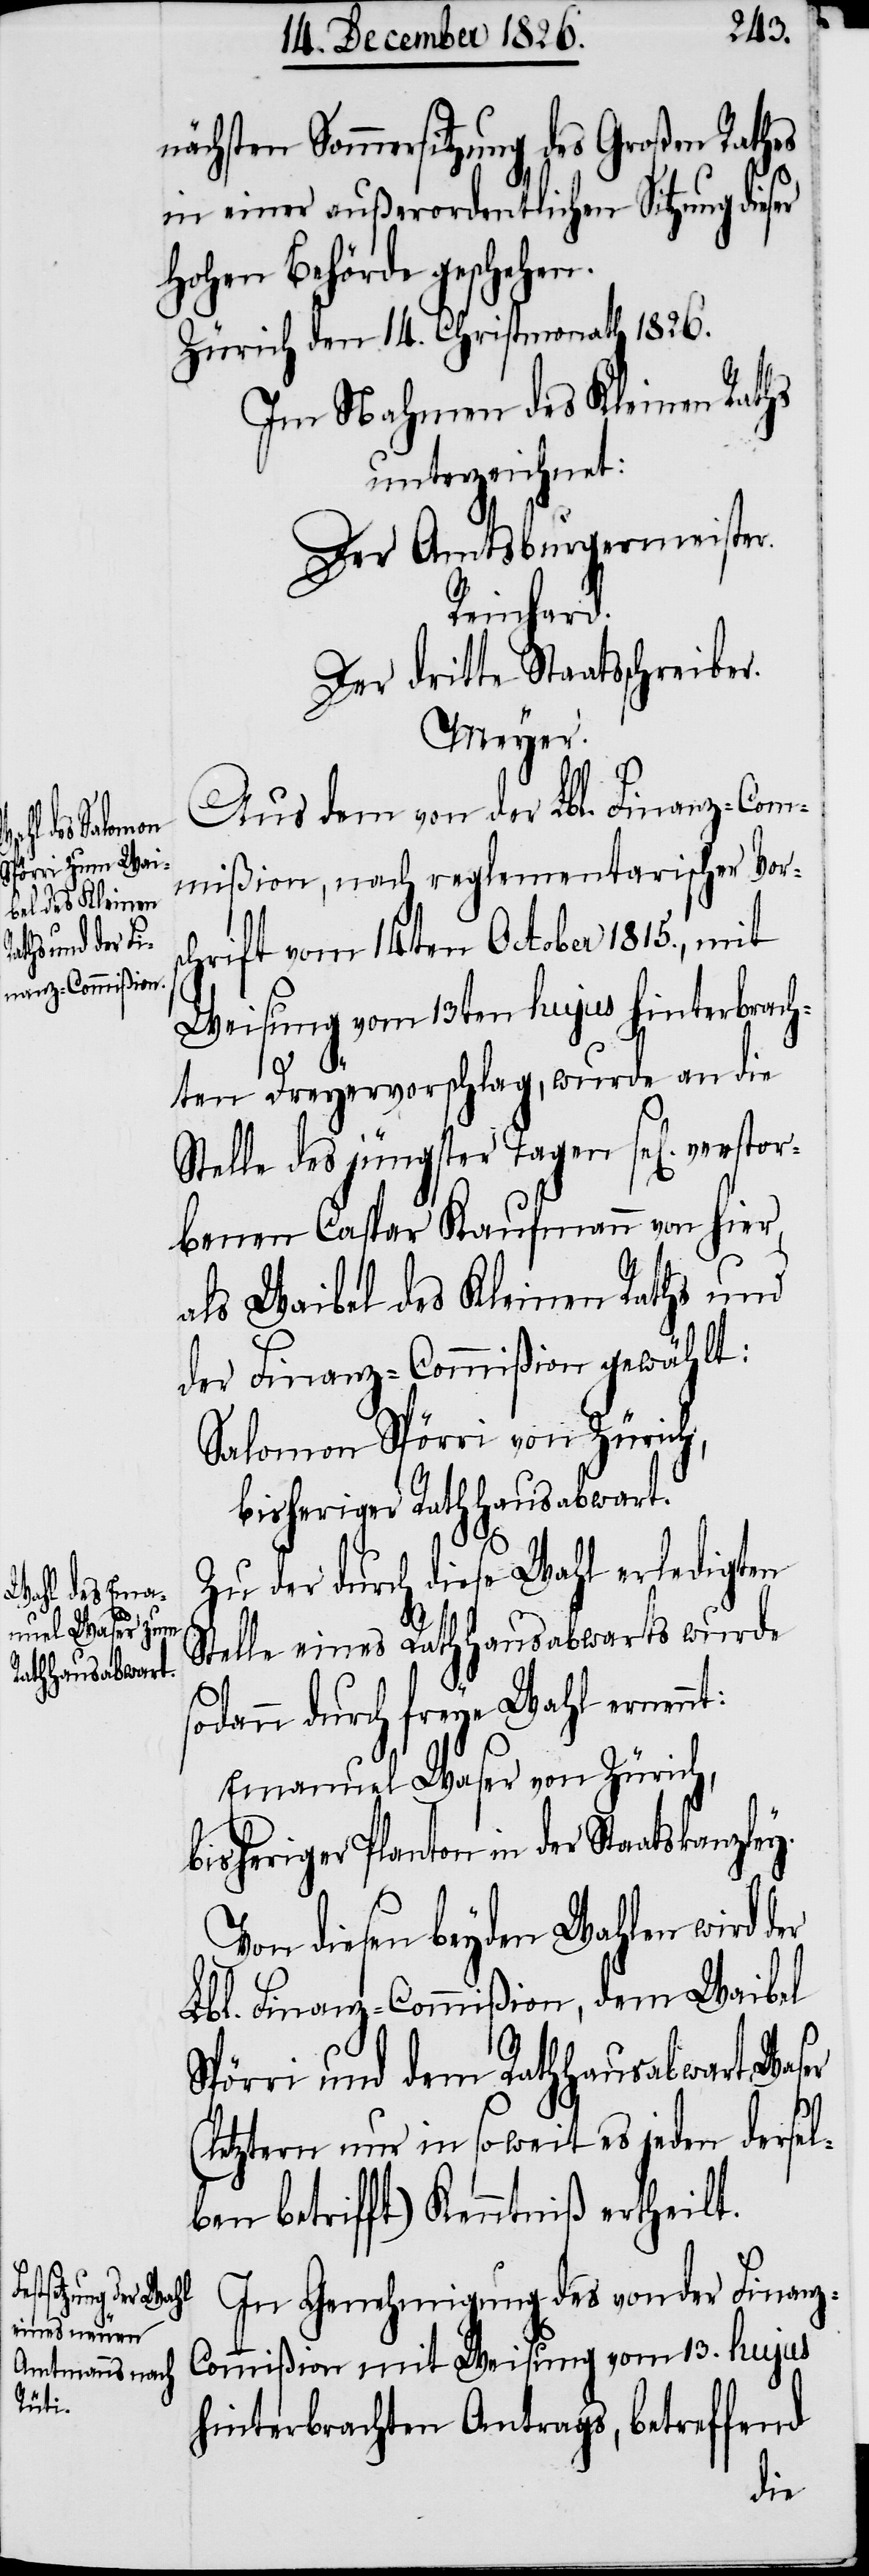
skanzley.

nächsten Sommersitzung des Großen Rathes
in einer außerordentlichen Sitzung dieser
hohen Behörde geschehen.
Zürich den 14. Christmonath 1826.
Im Nahmen des Kleinen Raths
unterzeichnet:
Der Amtsburgermeister.
Reinhard.
Der dritte Staatsschreiber.
Meyer.
Aus dem von der Lbl. Finanz-Com¬
mißion, nach reglementarischer Vors¬
chrift vom 14ten October 1815., mit
Weisung vom 13ten hujus hinterbrach¬
ten Dreyervorschlag, wurde an die
Stelle des jüngster Tagen sel[igen] ver¬
benen Caspar Kaufmann von hier,
als Waibel des Kleinen Raths und
der Finanz-Commißion gewählt:
Salomon Spörri von Zürich,
bisheriger Rathausabwart.
Zu der durch diese Wahl erledigten
Stelle eines Rathausabwarts wurde
sodann durch freye Wahl ernennt:
Emanuel Waser von Zürich,
bisheriger Planton in der Staat¬
Von diesen beyden Wahlen wird
Lbl. Finanz-Commißion, dem Waibel
Spörri und dem Rathausabwart Waser
(letztern nur in soweit es jeden dersel¬
ben betrifft) Kenntniß ertheilt.
In Genehmigung des von der Finan¬
z-Commißion mit Weisung vom 13. hujus
hinterbrachten Antrags, betreffend